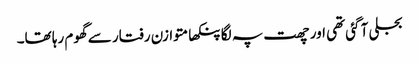
بجلی آ گئی تھی اور چھت پہ لگا پنکھا متوازن رفتار سے گھوم رہا تھا۔